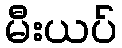
မီးယပ်